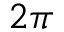
2 \pi